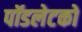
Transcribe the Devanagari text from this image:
पॉडलेटको